Vaccine operations Central Provinces 1886-1899 - 1886-1899
Year: 1886
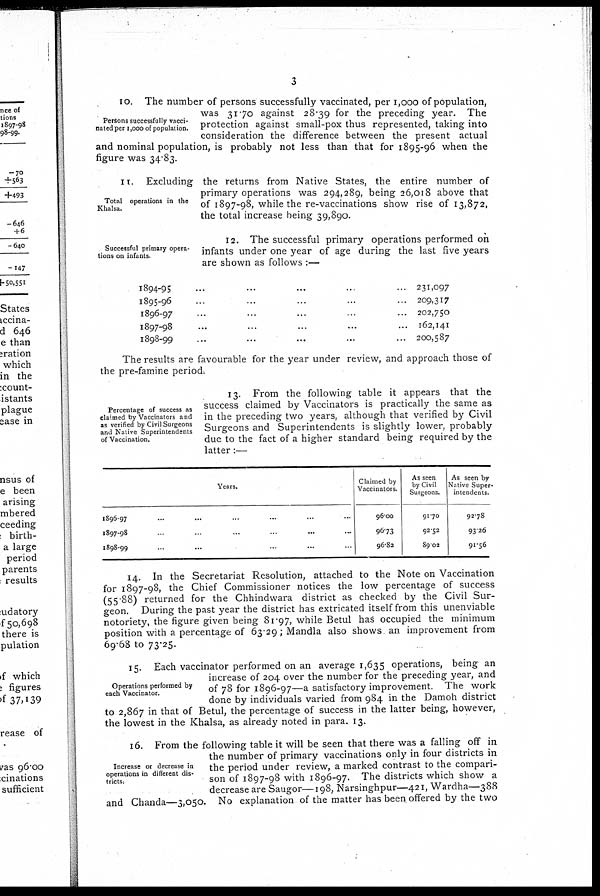
3
Persons successfully vacci-
nated per 1,000 of population.
10. The number of persons successfully vaccinated, per 1,000 of population,
was 31.70 against 28.39 for the preceding year. The
protection against small-pox thus represented, taking into
consideration the difference between the present actual
and nominal population, is probably not less than that for 1895-96 when the
figure was 34.83.
Total operations in the
Khalsa.
11 Excluding the returns from Native States, the entire number of
primary operations was 294,289, being 26,018 above that
of 1897-98, while the re-vaccinations show rise of 13,872,
the total increase being 39,890.
Successful primary opera-
tions on infants.
12. The successful primary operations performed on
infants under one year of age during the last five years
are shown as follows :—
1894-95 ... ... ... ... ...
1895-96 ... ... ... ... ...
1896-97 ... ... ... ... ...
1897-98 ... ... ... ... ...
1898-99 ... ... ... ... ...
231,097
209,317
202,750
162,141
200,587
The results are favourable for the year under review, and approach those of
the pre-famine period.
Percentage of success as
claimed by Vaccinators and
as verified by Civil Surgeons
and Native Superintendents
of Vaccination.
13. From the following table it appears that the
success claimed by Vaccinators is practically the same as
in the preceding two years, although that verified by Civil
Surgeons and Superintendents is slightly lower, probably
due to the fact of a higher standard being required by the
latter:—
Years.
1896-97 ... ... ... ... ... ...
1897-98 ... ... ... ... ... ...
1898-99 ... ... ... ... ... ...
Claimed by
Vaccinators.
96.00
96.73
96.82
As seen
by Civil
Surgeons.
91.70
92.52
89.02
As seen by
Native Super-
intendents.
92.78
93.26
91.56
14. In the Secretariat Resolution, attached to the Note on Vaccination
for 1897-98, the Chief Commissioner notices the low percentage of success
(55.88) returned for the Chhindwara district as checked by the Civil Sur-
geon. During the past year the district has extricated itself from this unenviable
notoriety, the figure given being 81.97, while Betul has occupied the minimum
position with a percentage of 63.29; Mandla also shows an improvement from
69.68 to 73.25.
Operations performed by
each Vaccinator.
15. Each vaccinator performed on an average 1,635 operations, being an
increase of 204 over the number for the preceding year, and
of 78 for 1896-97—a satisfactory improvement. The work
done by individuals varied from 984 in the Damoh district
to 2,867 in that of Betul, the percentage of success in the latter being, however,
the lowest in the Khalsa, as already noted in para. 13.
Increase or decrease in
operations in different dis-
tricts.
16. From the following table it will be seen that there was a falling off in
the number of primary vaccinations only in four districts in
the period under review, a marked contrast to the compari-
son of 1897-98 with 1896-97. The districts which show a
decrease are Saugor—198, Narsinghpur—421, Wardha—388
and Chanda—3,050. No explanation of the matter has been offered by the two